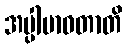
အပ္ပါဗာဓတာတိ